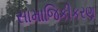
સામાજિકીકરણ